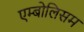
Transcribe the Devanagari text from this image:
एम्बोलिसम